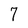
Character: 7